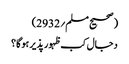
(صحیح مسلم؍2932)
دجال کب ظہور پذیر ہوگا؟